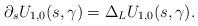
LaTeX: \begin{align*}\partial_sU_{1,0}(s,\gamma)=\Delta_L U_{1,0}(s,\gamma).\end{align*}